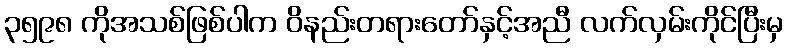
၃၅၉၈ ကိုအသစ်ဖြစ်ပါက ဝိနည်းတရားတော်နှင့်အညီ လက်လှမ်းကိုင်ပြီးမှ